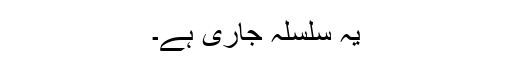
یہ سلسلہ جاری ہے۔